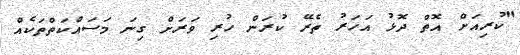
"ކުރިއަށް އޮތް ދޮޅު އަހަރު ތެރޭ ކުރަން ހުރި ވަރަށް ގިނަ މަސައްކަތްތަކެއް